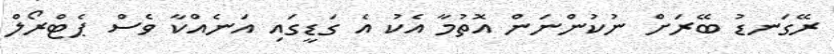
ރޭގަނޑު ބޭރަށް ނުކުންނަން އޮތުމާ އެކު އެ ގަޑީގައި އަނެއްކާ ވެސް ޕެޓްރޯލް